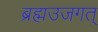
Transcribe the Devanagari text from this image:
ब्रह्मउजगत्